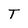
Character: T